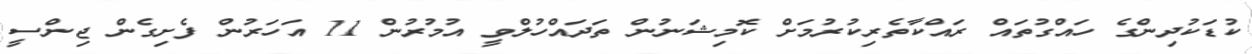
ކުޑަކުދިންގެ ހައްގުތައް ރައްކާތެރިކުރުމަށް ކޮމިޝަނުން ތަދައްހުލްވީ އުމުރުން 11 އަހަރުން ފެށިގެން ޖިންސީ